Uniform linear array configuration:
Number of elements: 16
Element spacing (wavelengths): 0.5
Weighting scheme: binomial
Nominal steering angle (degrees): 15
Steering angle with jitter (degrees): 14.45
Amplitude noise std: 0.05
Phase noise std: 0.05

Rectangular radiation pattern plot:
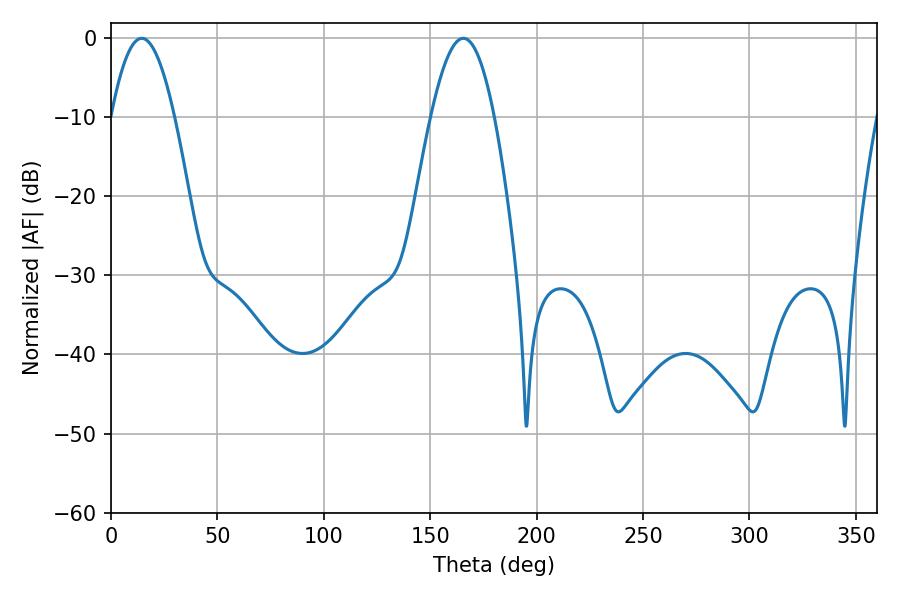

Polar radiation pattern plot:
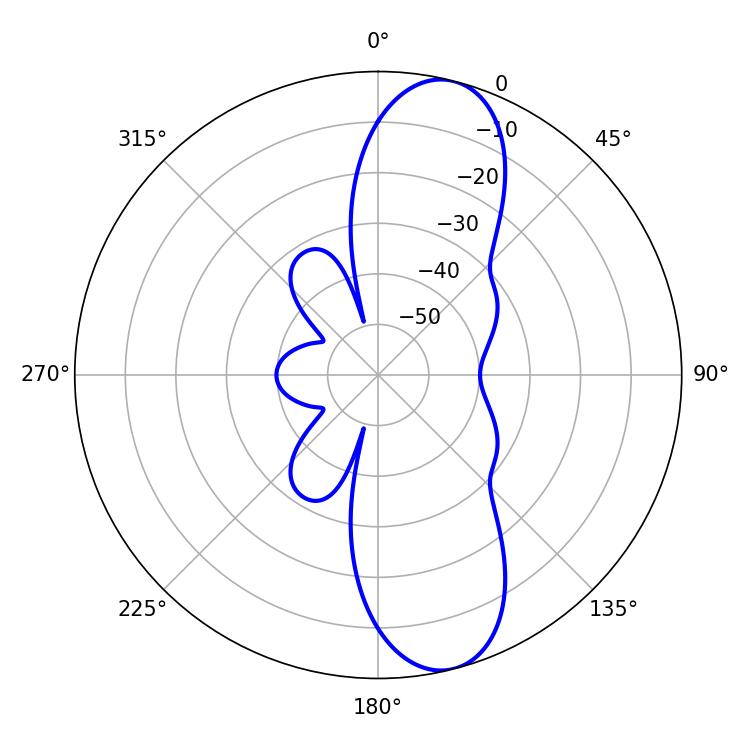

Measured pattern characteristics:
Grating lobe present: FALSE
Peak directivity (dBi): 11.114
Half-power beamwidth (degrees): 16.2
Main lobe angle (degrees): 14.4